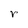
Character: r